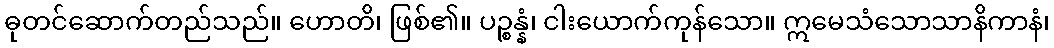
ဓုတင်ဆောက်တည်သည်။ ဟောတိ၊ ဖြစ်၏။ ပဉ္စန္နံ၊ ငါးယောက်ကုန်သော။ ဣမေသံသောသာနိကာနံ၊